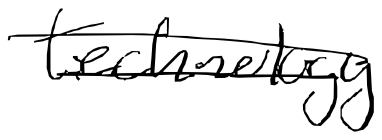
Text: technology
Cross-out: double-line
Writing tool: digital_black